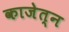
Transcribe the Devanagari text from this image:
काजेत्न